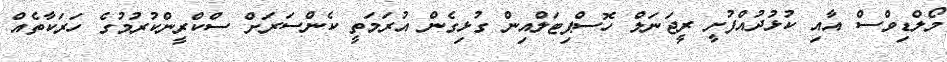
މޯލްޑިވްސް އާއި ކުޅުދުއްފުށީ ރީޖަނަލް ހޮސްޕިޓަލްއިން ގުޅިގެން އުރަމަތީ ކެންސަރަށް ސްކްރީންކުރުމުގެ ހަރަކާތެއް